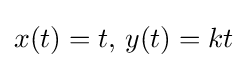
x(t)=t,\,y(t)=kt